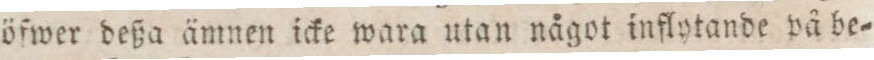
öfwer deßa ämnen icke wara utan något inflytande på be=